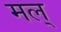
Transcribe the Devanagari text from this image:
मल्